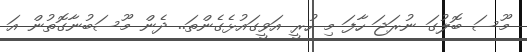
މޫސަ ބޮލުގަ ނުރަޖަ ހާފަ މި ހުރީ އަވީގައުޅެގެންތަ.. ދެން މޫސަބުނާގޮތުން އަ